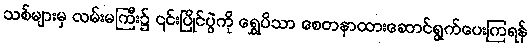
သစ်များမှ လမ်းမကြီး၌ ၎င်းပြိုင်ပွဲကို ရွှေပိသာ စေတနာထားဆောင်ရွက်ပေးကြရန်